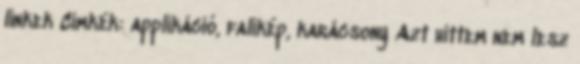
linkek Címkék: applikáció, falikép, karácsony Azt hittem nem lesz